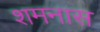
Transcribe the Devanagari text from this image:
शमनास